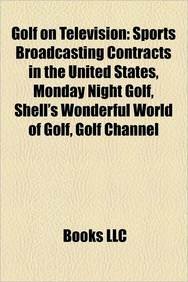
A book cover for Golf on Television: Sports Broadcasting Contracts in the United States, Monday Night Golf, Shell's Wonderful World of Golf, Golf Channel; LLC Books; Sports & Outdoors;